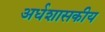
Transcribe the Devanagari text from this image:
अर्धशासकीय